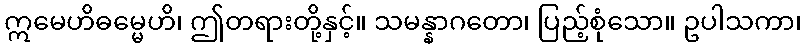
ဣမေဟိဓမ္မေဟိ၊ ဤတရားတို့နှင့်။ သမန္နာဂတော၊ ပြည့်စုံသော။ ဥပါသကာ၊